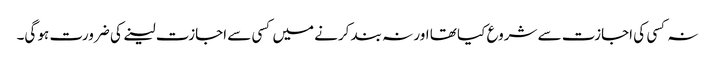
نہ کسی کی اجازت سے شروع کیا تھا اور نہ بند کرنے میں کسی سے اجازت لینے کی ضرورت ہو گی۔